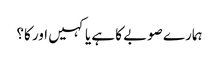
ہمارے صوبے کا ہے یا کہیں اور کا؟